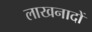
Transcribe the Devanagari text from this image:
लाखनादों